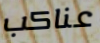
عناكب